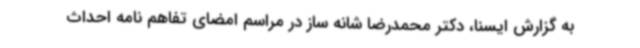
به گزارش ایسنا، دکتر محمدرضا شانه ساز در مراسم امضای تفاهم نامه احداث